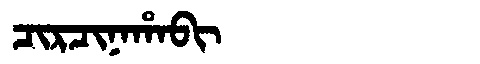
Manchu: ᠴᡳᡵᠴᡳᠨᠠᡥᠠᠪᡳ
Romanization: CIRCINAHABI